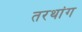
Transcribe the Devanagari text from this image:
तरथांग